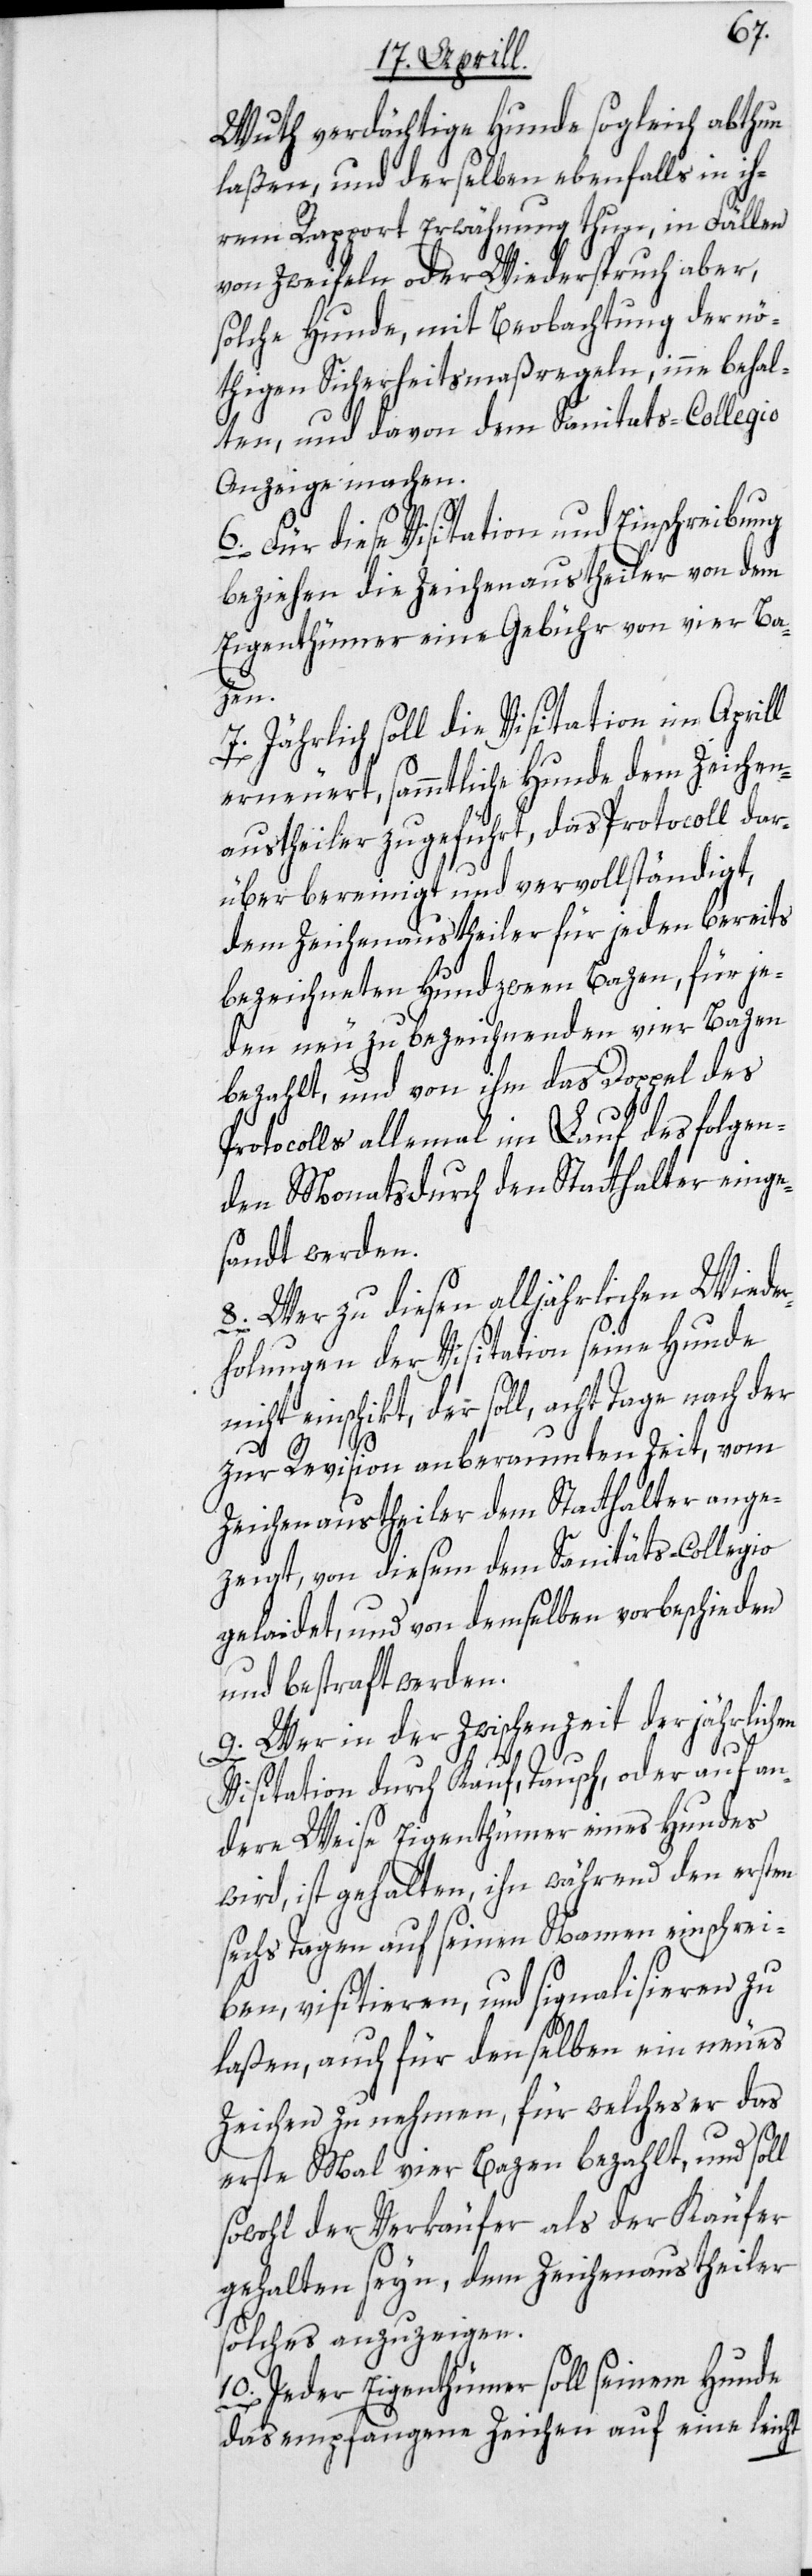
Wuth verdächtige Hunde sogleich abthun
laßen, und derselben ebenfalls in ih¬
rem Rapport Erwähnung thun, in Fällen
von Zweifeln oder Wiederspruch aber,
solche Hunde, mit Beobachtung der nö¬
thigen Sicherheitsmaßregeln, inne behal¬
ten, und davon dem Sanitats-Collegio
Anzeige machen.
6. Für diese Visitation und Einschreibung
beziehen die Zeichenaustheiler von dem
Eigenthümer eine Gebühr von vier Ba¬
zen.
7. Jährlich soll die Visitation im Aprill
erneuert, sammtliche Hunde dem Zeichen¬
austheiler zugeführt, das Protocoll dar¬
über bereinigt und vervollständigt,
dem Zeichenaustheiler für jeden bereits
bezeichneten Hund zween Bazen, für je¬
den neu zu bezeichnenden vier Bazen
bezahlt, und von ihm das Doppel des
Protocolls allemal im Lauf des folgen¬
den Monats durch den Statthalter einge¬
sandt werden.
8. Wer zu diesen alljährlichen Wiede¬
rholungen der Visitation seine Hunde
nicht einschikt, der soll, acht Tage nach der
zur Revision anberaumten Zeit, vom
Zeichenaustheiler dem Statthalter ange¬
zeigt, von diesem dem Sanitäts-Collegio
gelaidet, und von demselben vorbeschieden
und bestraft werden.
9. Wer in der Zwischenzeit der jährlichen
Visitation durch Kauf, Tausch, oder auf an¬
dere Weise Eigenthümer eines Hundes
wird, ist gehalten, ihn während den ersten
sechs Tagen auf seinen Namen einschrei¬
ben, visitieren, und signalisieren zu
laßen, auch für denselben ein neues
Zeichen zu nehmen, für welches er das
erste Mal vier Bazen bezahlt, und soll
sowohl der Verkäufer als der Käufer
gehalten seyn, dem Zeichenaustheiler
solches anzuzeigen.
10. Jeder Eigenthümer soll seinem Hunde
das empfangene Zeichen auf eine leicht